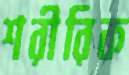
শরীরিক